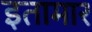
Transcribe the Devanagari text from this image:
इतामार